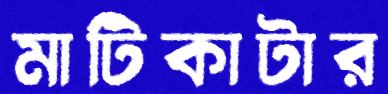
মাটিকাটার